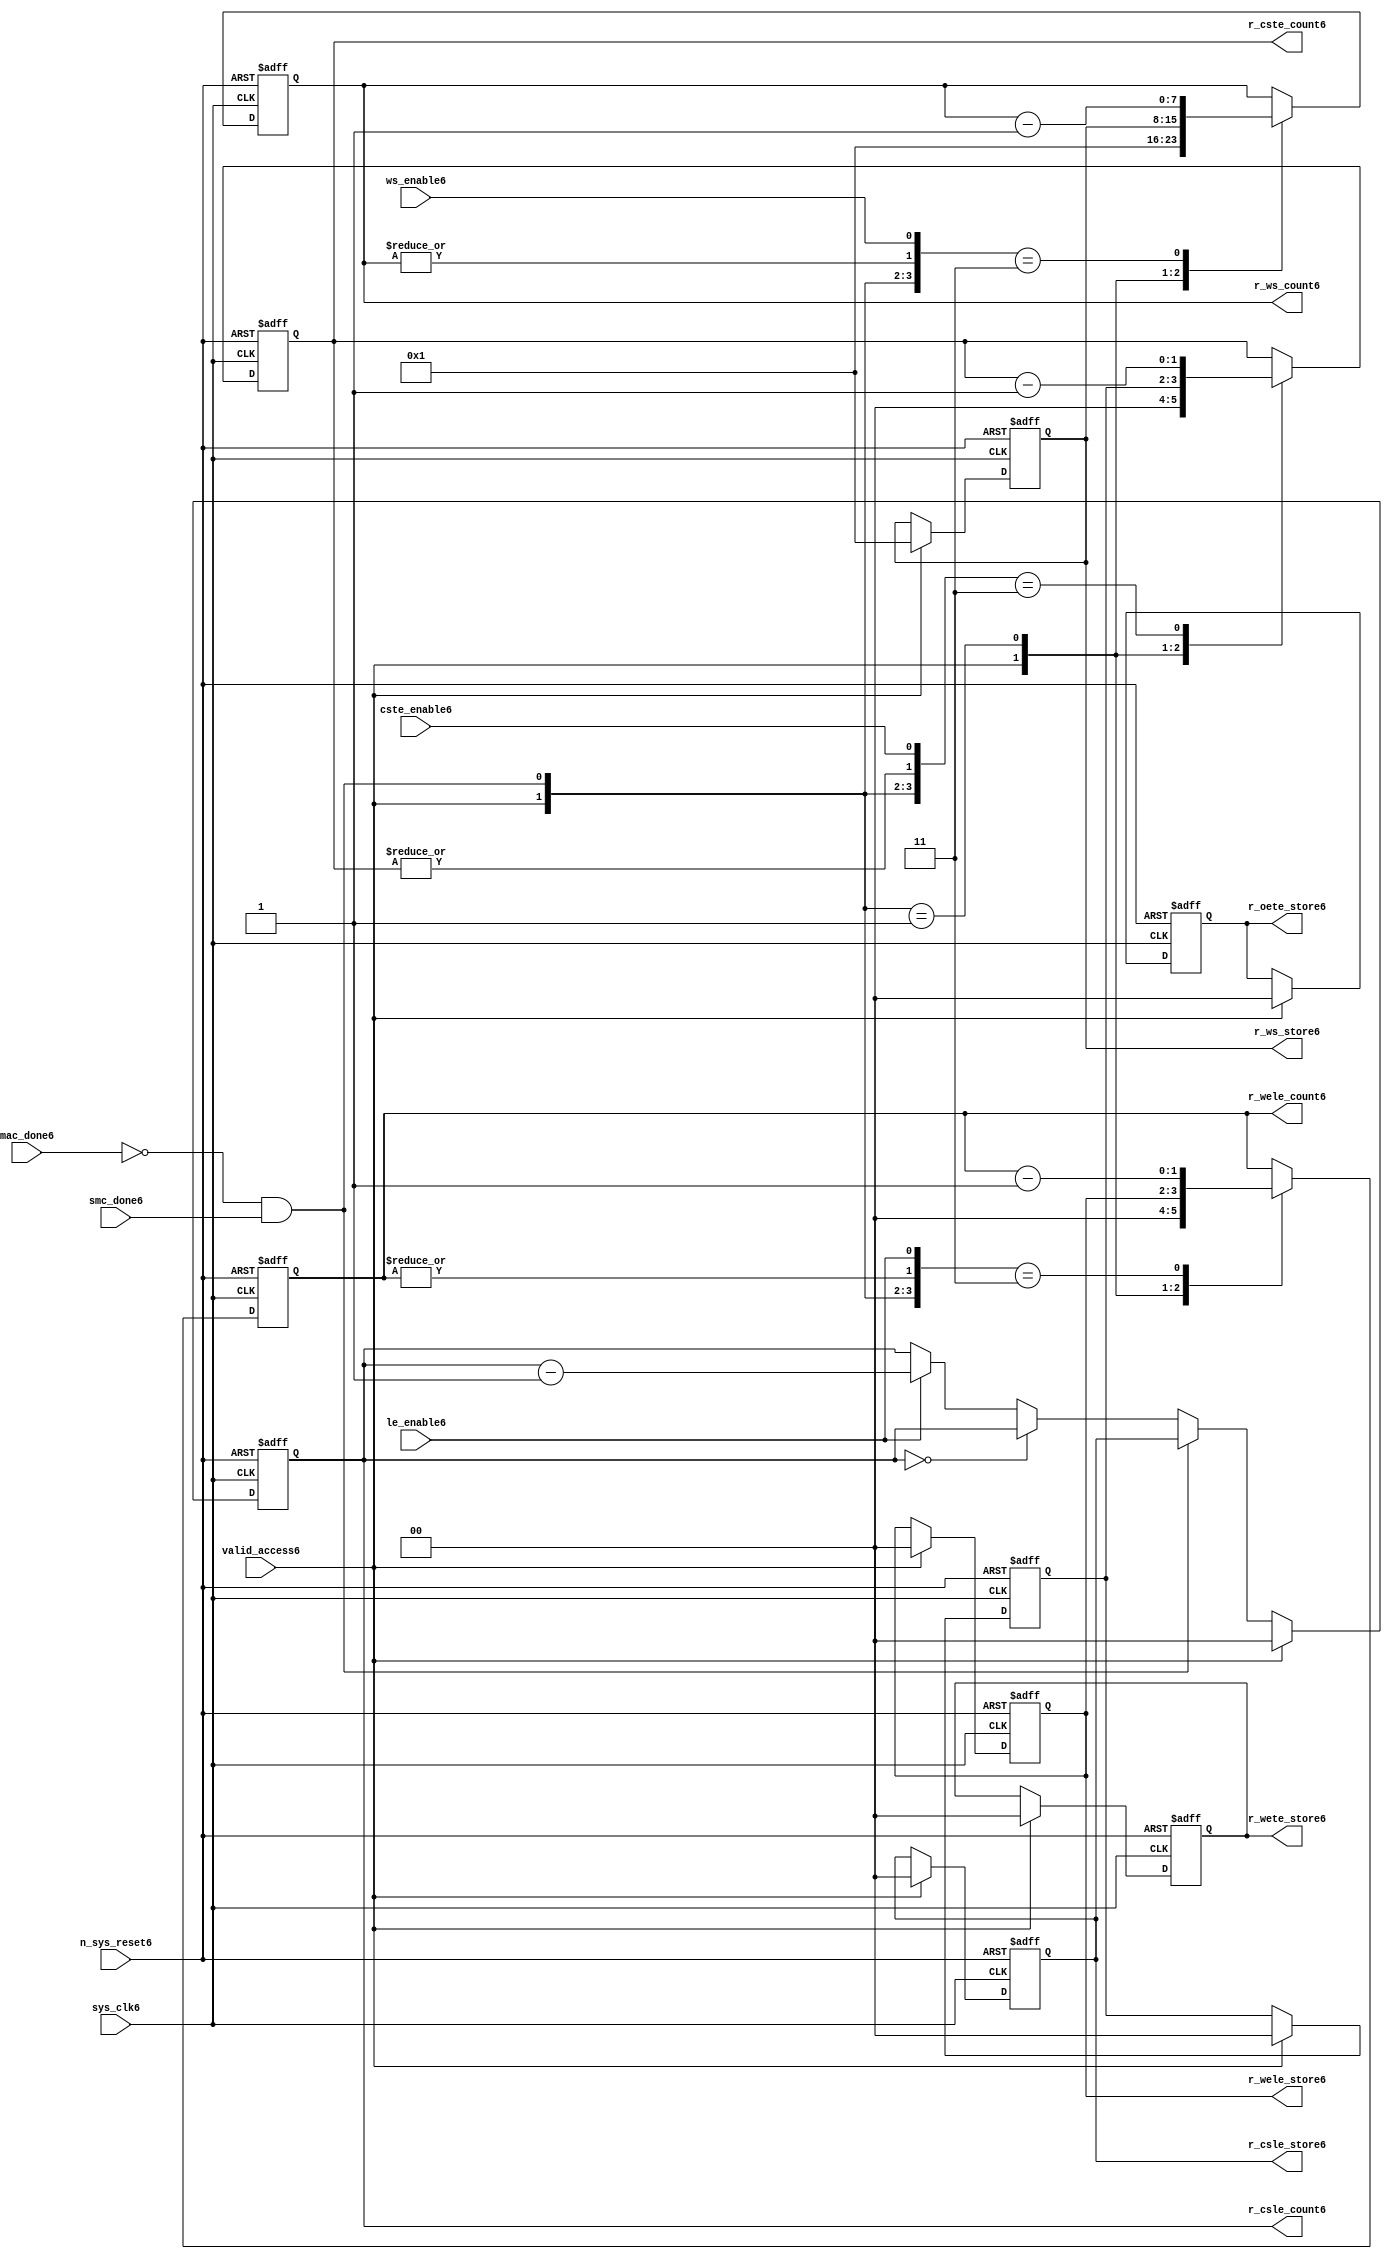
//File6 name   : smc_counter_lite6.v
//Title6       : 
//Created6     : 1999
//Description6 : Counter6 block.
//            : Static6 Memory Controller6.
//            : The counter block provides6 generates6 all cycle timings6
//            : The leading6 edge counts6 are individual6 2bit, loadable6,
//            : counters6. The wait state counter is a count down
//            : counter with a maximum size of 5 bits. The trailing6
//            : edge counts6 are registered for comparison6 with the
//            : wait state counter. The bus float6 (CSTE6) is a
//            : separate6 2bit counter. The initial count values are
//            : stored6 and reloaded6 into the counters6 if multiple
//            : accesses are required6.
//Notes6       : 
//----------------------------------------------------------------------
//   Copyright6 1999-2010 Cadence6 Design6 Systems6, Inc6.
//   All Rights6 Reserved6 Worldwide6
//
//   Licensed6 under the Apache6 License6, Version6 2.0 (the
//   "License6"); you may not use this file except6 in
//   compliance6 with the License6.  You may obtain6 a copy of
//   the License6 at
//
//       http6://www6.apache6.org6/licenses6/LICENSE6-2.0
//
//   Unless6 required6 by applicable6 law6 or agreed6 to in
//   writing, software6 distributed6 under the License6 is
//   distributed6 on an "AS6 IS6" BASIS6, WITHOUT6 WARRANTIES6 OR6
//   CONDITIONS6 OF6 ANY6 KIND6, either6 express6 or implied6.  See
//   the License6 for the specific6 language6 governing6
//   permissions6 and limitations6 under the License6.
//----------------------------------------------------------------------


module smc_counter_lite6  (
                     //inputs6

                     sys_clk6,
                     n_sys_reset6,
                     valid_access6,
                     mac_done6, 
                     smc_done6, 
                     cste_enable6, 
                     ws_enable6,
                     le_enable6, 

                     //outputs6

                     r_csle_count6,
                     r_wele_count6,
                     r_ws_count6,
                     r_ws_store6,
                     r_oete_store6,
                     r_wete_store6,
                     r_wele_store6,
                     r_cste_count6,
                     r_csle_store6);
   

//----------------------------------------------------------------------
// the Wait6 State6 Counter6
//----------------------------------------------------------------------
   
   
   // I6/O6
   
   input     sys_clk6;                  // AHB6 System6 clock6
   input     n_sys_reset6;              // AHB6 System6 reset (Active6 LOW6)
   
   input     valid_access6;             // load6 values are valid if high6
   input     mac_done6;                 // All cycles6 in a multiple access

   //  completed
   
   input                 smc_done6;   // one access completed
   input                 cste_enable6;// Enable6 CS6 Trailing6 Edge6 counter
   input                 ws_enable6;  // Enable6 Wait6 State6 counter
   input                 le_enable6;  // Enable6 all Leading6 Edge6 counters6
   
   // Counter6 outputs6
   
   output [1:0]             r_csle_count6;  //chip6 select6 leading6
                                             //  edge count
   output [1:0]             r_wele_count6;  //write strobe6 leading6 
                                             // edge count
   output [7:0] r_ws_count6;    //wait state count
   output [1:0]             r_cste_count6;  //chip6 select6 trailing6 
                                             // edge count
   
   // Stored6 counts6 for MAC6
   
   output [1:0]             r_oete_store6;  //read strobe6
   output [1:0]             r_wete_store6;  //write strobe6 trailing6 
                                              // edge store6
   output [7:0] r_ws_store6;    //wait state store6
   output [1:0]             r_wele_store6;  //write strobe6 leading6
                                             //  edge store6
   output [1:0]             r_csle_store6;  //chip6 select6  leading6
                                             //  edge store6
   
   
   // Counters6
   
   reg [1:0]             r_csle_count6;  // Chip6 select6 LE6 counter
   reg [1:0]             r_wele_count6;  // Write counter
   reg [7:0] r_ws_count6;    // Wait6 state select6 counter
   reg [1:0]             r_cste_count6;  // Chip6 select6 TE6 counter
   
   
   // These6 strobes6 finish early6 so no counter is required6. 
   // The stored6 value is compared with WS6 counter to determine6 
   // when the strobe6 should end.

   reg [1:0]    r_wete_store6;    // Write strobe6 TE6 end time before CS6
   reg [1:0]    r_oete_store6;    // Read strobe6 TE6 end time before CS6
   
   
   // The following6 four6 regisrers6 are used to store6 the configuration
   // during mulitple6 accesses. The counters6 are reloaded6 from these6
   // registers before each cycle.
   
   reg [1:0]             r_csle_store6;    // Chip6 select6 LE6 store6
   reg [1:0]             r_wele_store6;    // Write strobe6 LE6 store6
   reg [7:0] r_ws_store6;      // Wait6 state store6
   reg [1:0]             r_cste_store6;    // Chip6 Select6 TE6 delay
                                          //  (Bus6 float6 time)

   // wires6 used for meeting6 coding6 standards6
   
   wire         ws_count6;      //ORed6 r_ws_count6
   wire         wele_count6;    //ORed6 r_wele_count6
   wire         cste_count6;    //ORed6 r_cste_count6
   wire         mac_smc_done6;  //ANDed6 smc_done6 and not(mac_done6)
   wire [4:0]   case_cste6;     //concatenated6 signals6 for case statement6
   wire [4:0]   case_wele6;     //concatenated6 signals6 for case statement6
   wire [4:0]   case_ws6;       //concatenated6 signals6 for case statement6
   
   
   
   // Main6 Code6
   
//----------------------------------------------------------------------
// Counters6 (& Count6 Store6 for MAC6)
//----------------------------------------------------------------------


//----------------------------------------------------------------------
// WETE6 Store6
//----------------------------------------------------------------------

always @(posedge sys_clk6 or negedge n_sys_reset6)

begin   

   if (~(n_sys_reset6))
     
      r_wete_store6 <= 2'b00;
   
   
   else if (valid_access6)
     
      r_wete_store6 <= 2'b0;
   
   else
     
      r_wete_store6 <= r_wete_store6;

end
   
//----------------------------------------------------------------------
// OETE6 Store6
//----------------------------------------------------------------------

always @(posedge sys_clk6 or negedge n_sys_reset6)

begin   

   if (~(n_sys_reset6))
     
      r_oete_store6 <= 2'b00;
   
   
   else if (valid_access6)
     
      r_oete_store6 <= 2'b0;
   
   else

      r_oete_store6 <= r_oete_store6;

end
   
//----------------------------------------------------------------------
// CSLE6 Store6
//----------------------------------------------------------------------

always @(posedge sys_clk6 or negedge n_sys_reset6)

begin   

   if (~(n_sys_reset6))
     
      r_csle_store6 <= 2'b00;
   
   
   else if (valid_access6)
     
      r_csle_store6 <= 2'b00;
   
   else
     
      r_csle_store6 <= r_csle_store6;

end
   
//----------------------------------------------------------------------
// CSLE6 Counter6
//----------------------------------------------------------------------

always @(posedge sys_clk6 or negedge n_sys_reset6)

begin   

   if (~(n_sys_reset6))
     
      r_csle_count6 <= 2'b00;
   
   
   else
   begin
        
      if (valid_access6)
        
         r_csle_count6 <= 2'b00;
      
      else if (~(mac_done6) & smc_done6)
        
         r_csle_count6 <= r_csle_store6;
      
      else if (r_csle_count6 == 2'b00)
        
         r_csle_count6 <= r_csle_count6;
      
      else if (le_enable6)               
        
         r_csle_count6 <= r_csle_count6 - 2'd1;
      
      else
        
          r_csle_count6 <= r_csle_count6;
      
     end

end
   
   
//----------------------------------------------------------------------
// CSTE6 Store6
//----------------------------------------------------------------------

always @(posedge sys_clk6 or negedge n_sys_reset6)

begin   

   if (~(n_sys_reset6))

      r_cste_store6 <= 2'b00;

   else if (valid_access6)

      r_cste_store6 <= 2'b0;

   else

      r_cste_store6 <= r_cste_store6;

end
   
   
   
//----------------------------------------------------------------------
//concatenation6 of signals6 to avoid using nested6 ifs6
//----------------------------------------------------------------------

 assign mac_smc_done6 = (~(mac_done6) & smc_done6);
 assign cste_count6   = (|r_cste_count6);           //checks6 for count = 0
 assign case_cste6   = {1'b0,valid_access6,mac_smc_done6,cste_count6,
                       cste_enable6};
   
//----------------------------------------------------------------------
//CSTE6 COUNTER6
//----------------------------------------------------------------------

always @(posedge sys_clk6 or negedge n_sys_reset6)

begin   

   if (~(n_sys_reset6))

      r_cste_count6 <= 2'b00;

   else 
   begin
      casex(case_cste6)
           
        5'b1xxxx:        r_cste_count6 <= r_cste_count6;

        5'b01xxx:        r_cste_count6 <= 2'b0;

        5'b001xx:        r_cste_count6 <= r_cste_store6;

        5'b0000x:        r_cste_count6 <= r_cste_count6;

        5'b00011:        r_cste_count6 <= r_cste_count6 - 2'd1;

        default :        r_cste_count6 <= r_cste_count6;

      endcase // casex(w_cste_case6)
      
   end
   
end

//----------------------------------------------------------------------
// WELE6 Store6
//----------------------------------------------------------------------

always @(posedge sys_clk6 or negedge n_sys_reset6)

begin   

   if (~(n_sys_reset6))

      r_wele_store6 <= 2'b00;


   else if (valid_access6)

      r_wele_store6 <= 2'b00;

   else

      r_wele_store6 <= r_wele_store6;

end
   
   
   
//----------------------------------------------------------------------
//concatenation6 of signals6 to avoid using nested6 ifs6
//----------------------------------------------------------------------
   
   assign wele_count6   = (|r_wele_count6);         //checks6 for count = 0
   assign case_wele6   = {1'b0,valid_access6,mac_smc_done6,wele_count6,
                         le_enable6};
   
//----------------------------------------------------------------------
// WELE6 Counter6
//----------------------------------------------------------------------

always @(posedge sys_clk6 or negedge n_sys_reset6)

begin   
   if (~(n_sys_reset6))

      r_wele_count6 <= 2'b00;

   else
   begin

      casex(case_wele6)

        5'b1xxxx :  r_wele_count6 <= r_wele_count6;

        5'b01xxx :  r_wele_count6 <= 2'b00;

        5'b001xx :  r_wele_count6 <= r_wele_store6;

        5'b0000x :  r_wele_count6 <= r_wele_count6;

        5'b00011 :  r_wele_count6 <= r_wele_count6 - (2'd1);

        default  :  r_wele_count6 <= r_wele_count6;

      endcase // casex(case_wele6)

   end

end
   
//----------------------------------------------------------------------
// WS6 Store6
//----------------------------------------------------------------------

always @(posedge sys_clk6 or negedge n_sys_reset6)
  
begin   

   if (~(n_sys_reset6))

      r_ws_store6 <= 8'd0;


   else if (valid_access6)

      r_ws_store6 <= 8'h01;

   else

      r_ws_store6 <= r_ws_store6;

end
   
   
   
//----------------------------------------------------------------------
//concatenation6 of signals6 to avoid using nested6 ifs6
//----------------------------------------------------------------------
   
   assign ws_count6   = (|r_ws_count6); //checks6 for count = 0
   assign case_ws6   = {1'b0,valid_access6,mac_smc_done6,ws_count6,
                       ws_enable6};
   
//----------------------------------------------------------------------
// WS6 Counter6
//----------------------------------------------------------------------

always @(posedge sys_clk6 or negedge n_sys_reset6)

begin   

   if (~(n_sys_reset6))

      r_ws_count6 <= 8'd0;

   else  
   begin
   
      casex(case_ws6)
 
         5'b1xxxx :  
            r_ws_count6 <= r_ws_count6;
        
         5'b01xxx :
            r_ws_count6 <= 8'h01;
        
         5'b001xx :  
            r_ws_count6 <= r_ws_store6;
        
         5'b0000x :  
            r_ws_count6 <= r_ws_count6;
        
         5'b00011 :  
            r_ws_count6 <= r_ws_count6 - 8'd1;
        
         default  :  
            r_ws_count6 <= r_ws_count6;

      endcase // casex(case_ws6)
      
   end
   
end  
   
   
endmodule